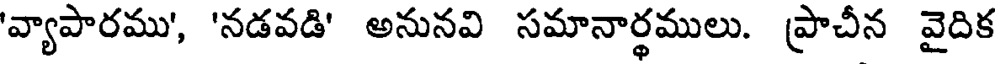
'వ్యాపారము', 'నడవడి' అనునవి సమానార్థములు. ప్రాచీన వైదిక